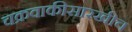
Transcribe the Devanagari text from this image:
चक्रवाकीसारखीच